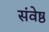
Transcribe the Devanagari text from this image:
संवेष्ठ